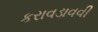
કરાવડાવવી